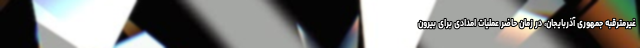
غیرمترقبه جمهوری آذربایجان، در زمان حاضر عملیات امدادی برای بیرون